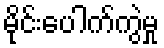
မိုင်းပေါက်ကွဲမှု